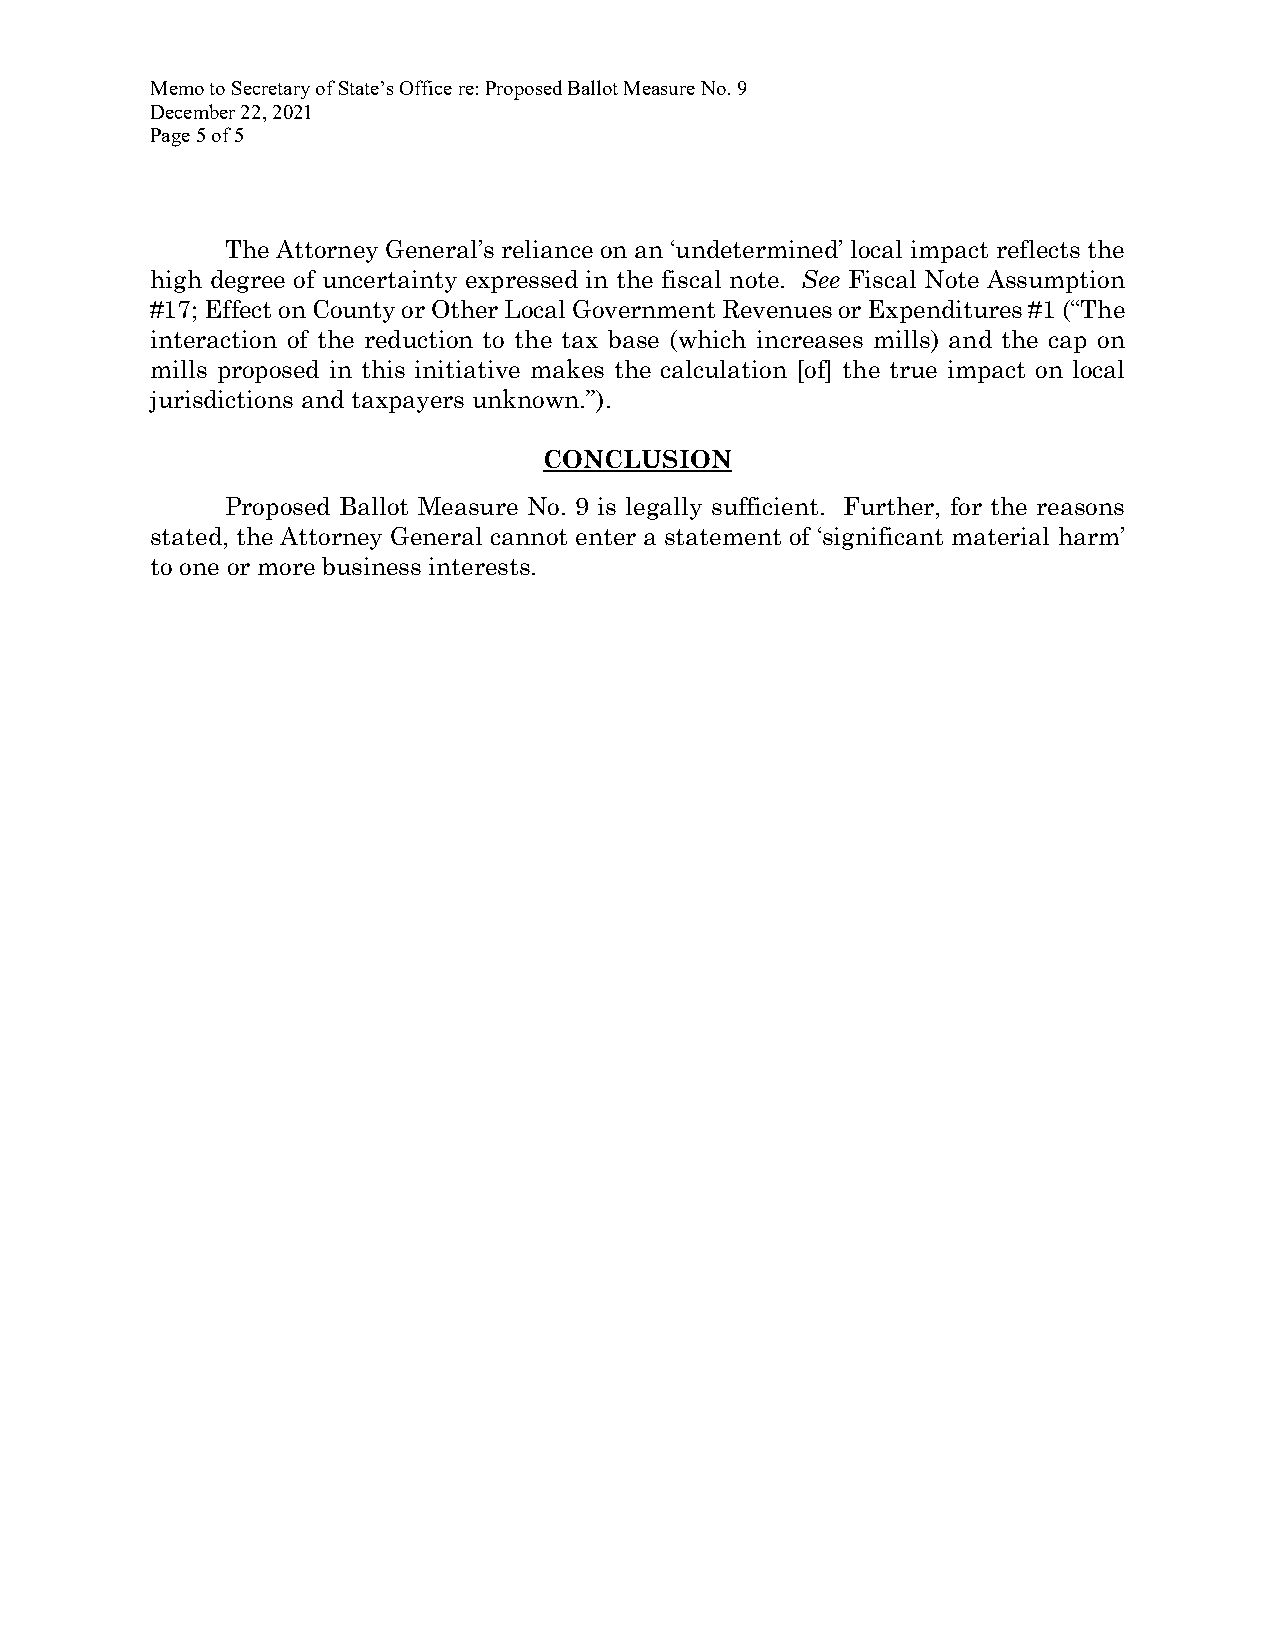
Memo to Secretary of State’s Office re: Proposed Ballot Measure No. 9
 December 22, 2021
 Page 5 of 5
 The Attorney General’s reliance on an ‘undetermined’ local impact reflects the
 high degree of uncertainty expressed in the fiscal note. See Fiscal Note Assumption
 #17; Effect on County or Other Local Government Revenues or Expenditures #1 (“The
 interaction of the reduction to the tax base (which increases mills) and the cap on
 mills proposed in this initiative makes the calculation [of] the true impact on local
 jurisdictions and taxpayers unknown.”).
 CONCLUSION
 Proposed Ballot Measure No. 9 is legally sufficient. Further, for the reasons
 stated, the Attorney General cannot enter a statement of ‘significant material harm’
 to one or more business interests.